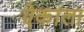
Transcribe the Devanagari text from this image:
ऐकाला